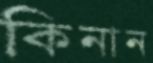
কিনান